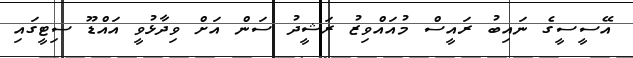
އޭސީސީގެ ނައިބު ރައީސް މުއައްވިޒު ރަޝީދު ސަން އަށް ވިދާޅުވީ އައްޑޫ ސިޓީގައި